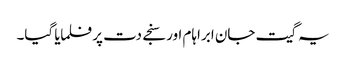
یہ گیت جان ابراہام اور سنجے دت پر فلمایا گیا۔